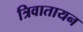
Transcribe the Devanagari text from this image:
त्रिवातायन